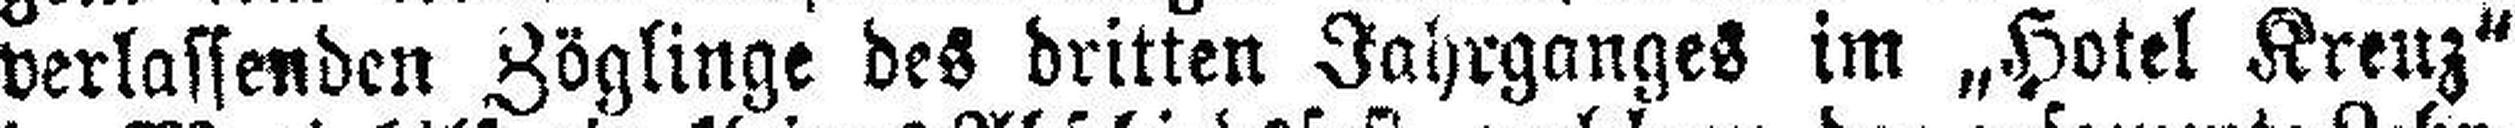
verlassenden Zöglinge des dritten Jahrganges im „Hotel Kreuz“